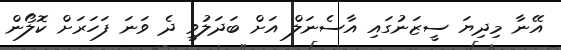
އޭނާ މިދިޔަ ސީޒަނުގައި އާސެނަލް އަށް ބަދަލުވީ ދެ ވަނަ ފަހަރަށް ކޮލޯން